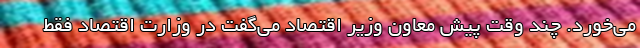
می‌خورد. چند وقت پیش معاون وزیر اقتصاد می‌گفت در وزارت اقتصاد فقط